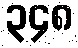
၃၄၈